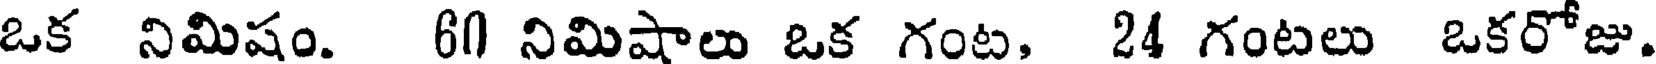
ఒక నిమిషం. 60 నిమిషాలు ఒక గంట, 24 గంటలు ఒకరోజు.